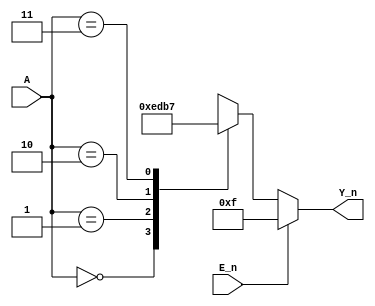

module 	decode_2to4(
input				E_n,
input		[1:0]	A,
output	reg	[3:0]	Y_n
);
always@(*)
begin
	if(E_n==1'b1)
		Y_n	= 4'b1111;
	else
		case(A)
			2'b00:	Y_n	= 4'b1110;
			2'b01:	Y_n	= 4'b1101;
			2'b10:	Y_n	= 4'b1011;
			2'b11:	Y_n	= 4'b0111;
			default:Y_n = 4'b1111;
		endcase
end
endmodule